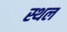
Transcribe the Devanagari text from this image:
स्थल